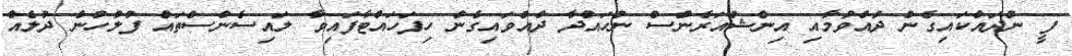
ފީ ނުދައްކައިގެން ދުއްވުމާއި އިންޝުއަރެންސް ނުހައްދާ ދުއްވައިގެން ހިފަހައްޓާފައިވާ ލައިސެންސްތައް ފުލުހުން ދުލެއް